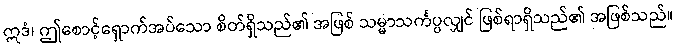
ဣဒံ၊ ဤစောင့်ရှောက်အပ်သော စိတ်ရှိသည်၏ အဖြစ် သမ္မာသင်္ကပ္ပလျှင် ဖြစ်ရာရှိသည်၏ အဖြစ်သည်။